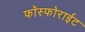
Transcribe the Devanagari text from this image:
फॉस्फोराईट